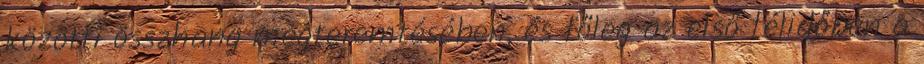
közötti összhang megteremtésében, és főleg az első félidőben a